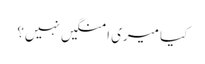
کیا میری امنگیں نہیں؟